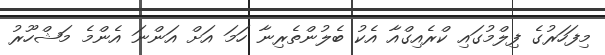
މިފަހަރުގެ ފިލްމުގައި ކްރެއިގްއާ އެކު ބެލުންތެރިނާ ހަމަ އަށް އަންނަ އެންމެ މަޝްހޫރު